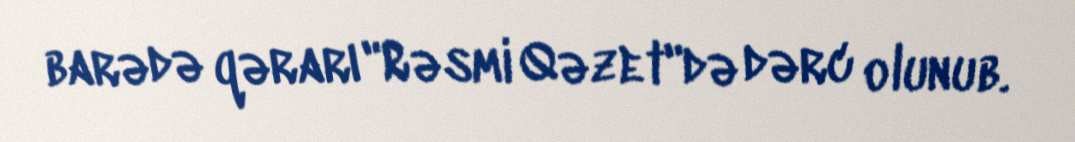
barədə qərarı "Rəsmi Qəzet"də dərc olunub.